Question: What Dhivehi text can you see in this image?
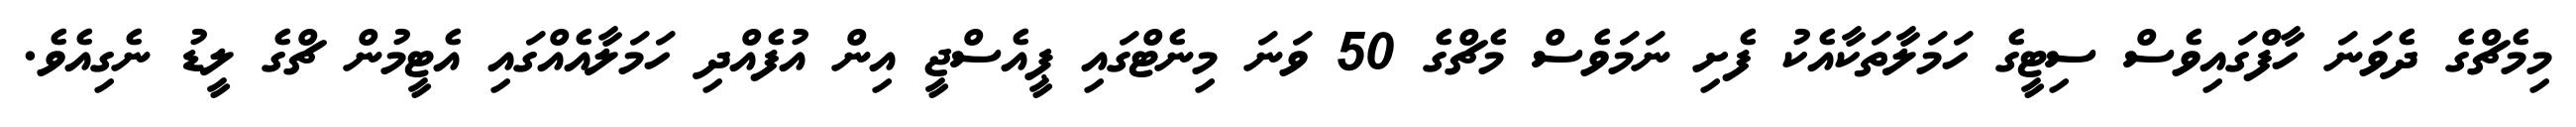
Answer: މިމެޗްގެ ދެވަނަ ހާފްގައިވެސް ސިޓީގެ ހަމަލާތަކާއެކު ފެށި ނަމަވެސް މެޗްގެ 50 ވަނަ މިނެޓްގައި ޕީއެސްޖީ އިން އުފެއްދި ހަމަލާއެއްގައި އެޓީމުން ޗްގެ ލީޑު ނެގިއެވެ.